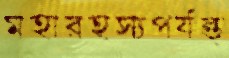
মহারহস্যপর্যন্ত্